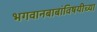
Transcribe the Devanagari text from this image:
भगवानबाबांविषयीच्या